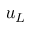
u _ { L }